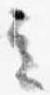
立